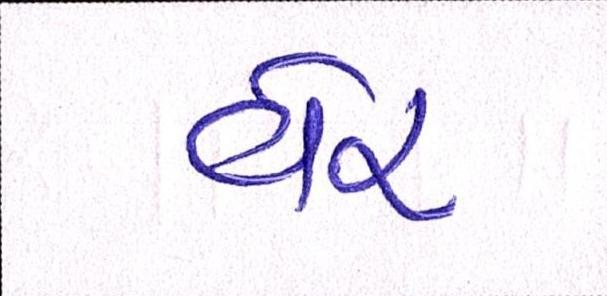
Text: વેર